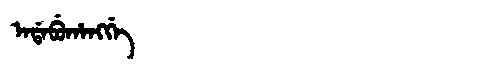
Manchu: ᠠᡩᠠᠪᡠᡥᠠᠩᡤᡝ
Romanization: ADABUHANGGE